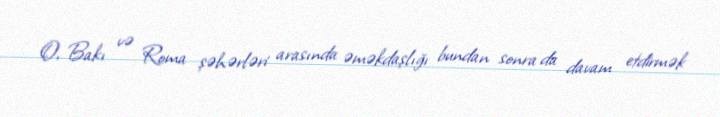
O, Bakı və Roma şəhərləri arasında əməkdaşlığı bundan sonra da davam etdirmək